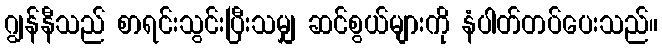
ဂျွန်နီသည် စာရင်းသွင်းပြီးသမျှ ဆင်စွယ်များကို နံပါတ်တပ်ပေးသည်။